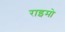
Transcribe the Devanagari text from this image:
राइमो